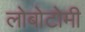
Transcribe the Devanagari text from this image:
लोबोटोमी